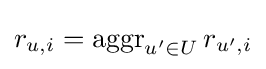
r_{u,i}=\operatorname {aggr} _{u^{\prime }\in U}r_{u^{\prime },i}